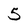
Character: 5